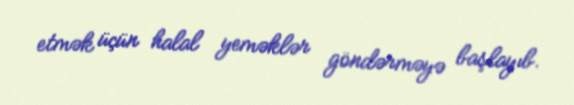
etmək üçün halal yeməklər göndərməyə başlayıb.